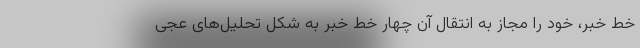
خط خبر، خود را مجاز به انتقال آن چهار خط خبر به شکل تحلیل‌های عجی